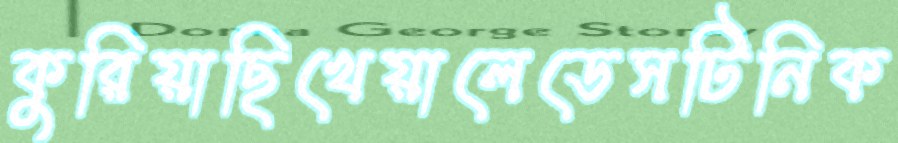
কুরিয়াছিখেয়ালেডেসটিনিক